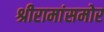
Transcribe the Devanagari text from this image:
श्रीरामांसमोर